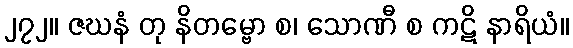
၂၇၂။ ဇဃနံ တု နိတမ္ဗော စ၊ သောဏီ စ ကဋိ နာရိယံ။